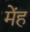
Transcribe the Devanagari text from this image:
मेंह